Indian journal of veterinary science and animal husbandry - Volume 11,
Year: 1941
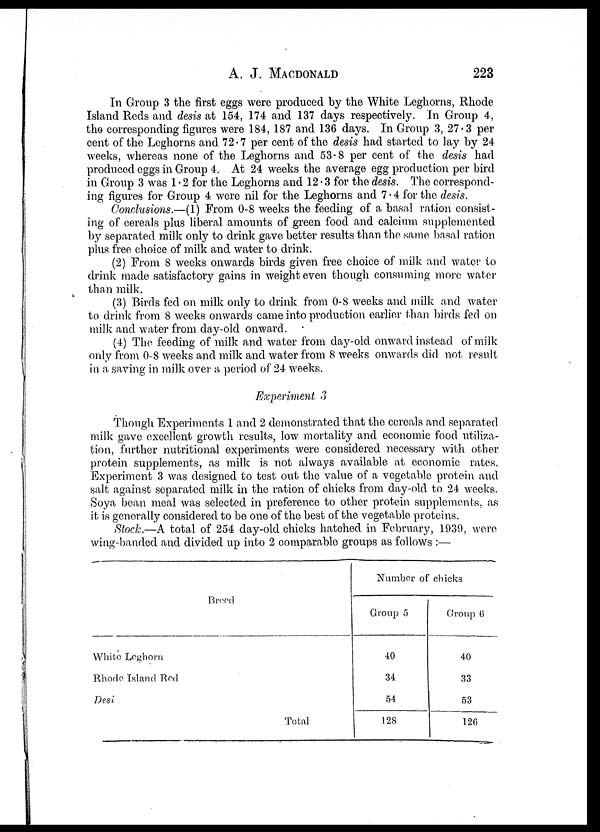
A. J.
MACDONALD
223
In Group 3 the first eggs were produced by the White Leghorns, Rhode
Island Reds and desis at 154, 174 and 137 days respectively. In Group 4,
the corresponding figures were 184, 187 and 136 days. In Group 3, 27.3 per
cent of the Leghorns and 72.7 per cent of the desis had started to lay by 24
weeks, whereas none of the Leghorns and 53.8 per cent of the desis had
produced eggs in Group 4. At 24 weeks the average egg production per bird
in Group 3 was 1 . 2 for the Leghorns and 12 . 3 for the desis. The correspond-
ing figures for Group 4 were nil for the Leghorns and 7 . 4 for the desis.
Conclusions.—(1) From 0-8 weeks the feeding of a basal ration consist-
ing of cereals plus liberal amounts of green food and calcium supplemented
by separated milk only to drink gave better results than the same basal ration
plus free choice of milk and water to drink.
(2) From 8 weeks onwards birds given free choice of milk and water to
drink made satisfactory gains in weight even though consuming more water
than milk.
(3) Birds fed on milk only to drink from 0-8 weeks and milk and water
to drink from 8 weeks onwards came into production earlier than birds fed on
milk and water from day-old onward.
(4) The feeding of milk and water from day-old onward instead of milk
only from 0-8 weeks and milk and water from 8 weeks onwards did not result
in a saving in milk over a period of 24 weeks.
Experiment 3
Though Experiments 1 and 2 demonstrated that the cereals and separated
milk gave excellent growth results, low mortality and economic food utiliza-
tion, further nutritional experiments were considered necessary with other
protein supplements, as milk is not always available at economic rates.
Experiment 3 was designed to test out the value of a vegetable protein and
salt against separated milk in the ration of chicks from day-old to 24 weeks.
Soya bean meal was selected in preference to other protein supplements, as
it is generally considered to be one of the best of the vegetable proteins.
Stock.—A total of 254 day-old chicks hatched in February, 1939, were
wing-banded and divided up into 2 comparable groups as follows :—
Breed
White Leghorn
Rhode Island Red
Desi
Total
Number of chicks
Group 5
40
34
54
128
Group 6
40
33
53
126